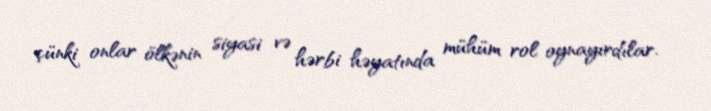
çünki onlar ölkənin siyasi və hərbi həyatında mühüm rol oynayırdılar.